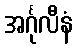
အင်္ဂုလီနံ